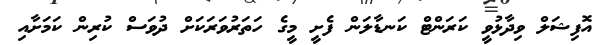
އޮފިޝަލް ވިދާޅުވީ ކަރަންޓް ކަނޑާލަން ފެށީ މީގެ ހަތަރުވަރަކަށް ދުވަސް ކުރިން ކަމަށާއި